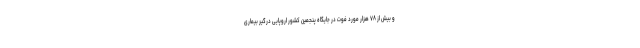
و بیش از ۷۸ هزار مورد فوت در جایگاه پنجمین کشور اروپایی درگیر بیماری